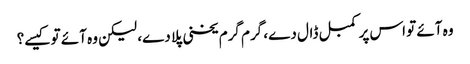
وہ آئے تو اس پر کمبل ڈال دے، گرم گرم یخنی پلا دے، لیکن وہ آئے تو کیسے؟